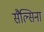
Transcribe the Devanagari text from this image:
सैल्सिना